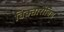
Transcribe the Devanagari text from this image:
विक्तोरोविच